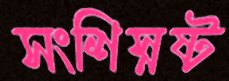
সংশিস্নষ্ট